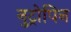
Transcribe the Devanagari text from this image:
नुट्रोपिन